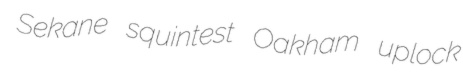
Sekane squintest Oakham uplock